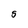
Character: 5